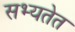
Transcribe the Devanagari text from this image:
सभ्यतेत